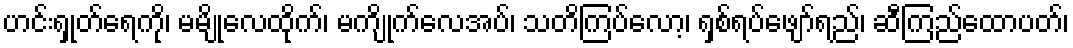
ဟင်းရှုတ်ရေကို၊ မမျိုလေထိုက်၊ မကျိုက်လေအပ်၊ သတိကြပ်လော့၊ ရှစ်ရပ်ဖျော်ရည်၊ ဆီကြည်ထောပတ်၊